Seli_vallavalitsus_Parnumaal, lk 4
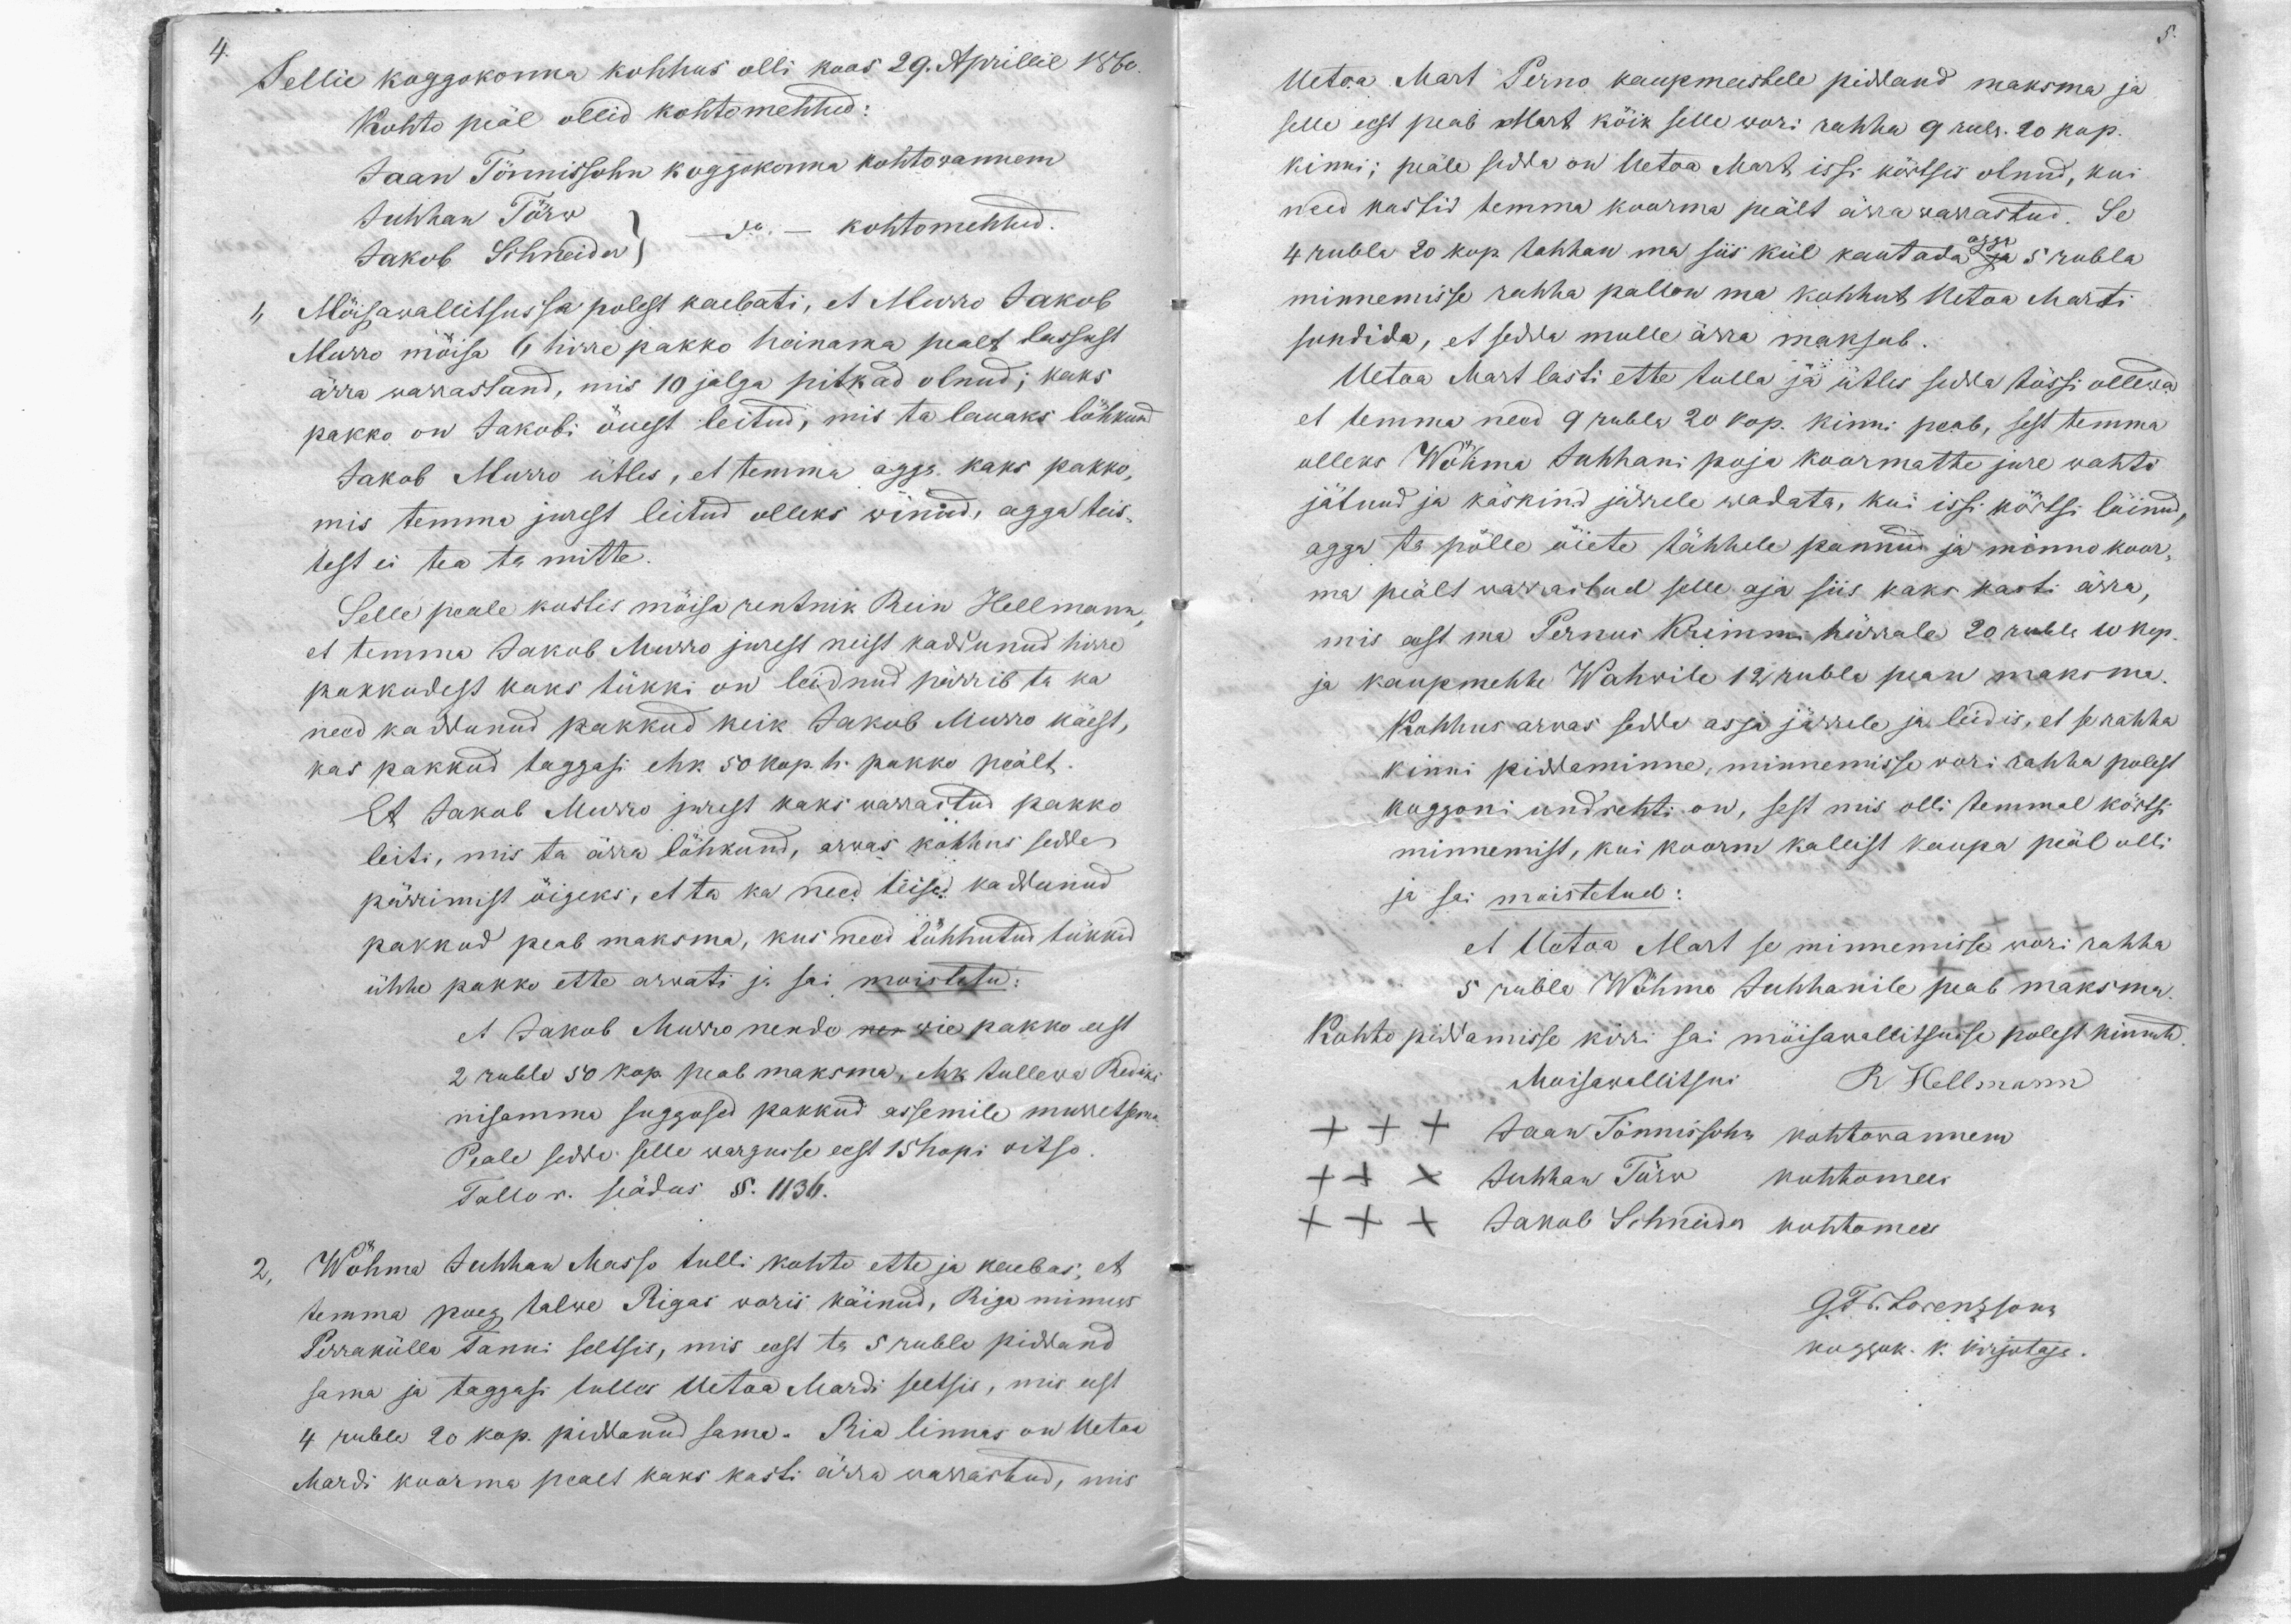
4.

Sellie koggokonna kohhus olli koos 29 Aprillil 1860
Kohto peäl ollid kohtomehhd:
Jaan Tönnissohn koggokonna kohtowannem
Juhhan Törw
Jakob Schneider
do. - kohtomehhed
Möisawallitsussa polest kaebati, et Murro Jakob
Murro möisa 6 hirre pakko heinama pealt lassust
ärra warrastand, mis 10 jalga pitkad olnud; kaks
pakko on Jakobi öuest leitud, mis ta lauaks löhkund
Jakob Murro ütles, et temma agga kaks pakko,
mis temma jurest leitud olleks winud, agga teis-
test ei tea ta mitte.
Selle peale kostis möisa rentnik Rein Hellmann
et temma Jakob Murro jurest neist kaddunud hirre
pakkudest kaks tükki on leidnud pärrib ta ka
need kaddunud pakkud keik Jakob Murro käest,
kas pakkud taggasi ehk 50 kop. h. pakko peält.
Et Jakob Murro jurest kaks warrastud pakko
leiti, mis ta ärra löhkund, arwas kohhus sedda
pärrimist öigeks, et ta ka need teise kaddunud
pakkud peab maksma, kus need lühhutud tükkid
ühhe pakko ette arwati ja sai moistetud:
et Jakob Murro nende kes wie pakko eest
2 rubla 50 kop. peab maksma, ehk tullewa Redeni
nisamma suggused pakkud assemile muretsema
Peale sedda selle wargusse eest 15 hopi witso
Tallor. seädus §. 1136.
Wöhma Juhhan Masso tulli kohto ette ja kaebas, et
temma poeg talwe Riigas woris käinud, Riga minnes
Perrakülla Tanni seltsis, mis eest ta 5 rubla piddand
sama ja taggasi tulles Uetoa Mardi seltsis, mis eest
4 rubla 20 kop. pidanud sama. Ria linnas on Uetoa
Mardi koorma pealt kaks kasti ärra warrastud, mis

Uetoa Mart Perno kaupmeestele piddand maksma ja
selle eest peab Mart köik selle wori rahha 9 rub. 20 kop.
kinni; peäle sedda on Uetroa Mart issi körtsis olnud, kui
need kastid temma koorma peält ärra warrastud. Se
4 rubla 20 kop tahhan ma siis kül kautada ja agga 5 rubla
minnemisse rahha pallon ma kohhut Uetoa Marti
sundida, et sedda mulle ärra maksab.
Uetoa Mart lasti ette tulla ja ütles sedda tössi ollewad
et temma need 9 rubla 20 kop. kinni peab, sest temma
olleks Wöhma Juhhani poja koormatte jure wahti
jätnud ja käskind järrele wadata, kui issi körtsi läinud,
agga ta polle öiete tähhele pannud ja minno koor-
ma peält warrastud selle aja siis kaks kasti ärra,
mis eest ma Pernus Krimmi härrale 20 rubla 10 kop.
ja kaupmehhe Wahwile 12 rubla pean maksma.
Kohhus arvas sedda asja järrele ja leidis, et se rahha
kinni piddaminne, minnemisse wori rahha polest
koggoni undrehti on, sest mis olli temmal körtsi
minnemist, kui koorm kallist kaupa peäl olli
ja sai moistetud:
et Uetoa Mart se minnemisse wori rahha
5 rubla Wöhmo Juhhanile peab maksma.
Kohto piddamisse kirri sai möisawallitsusse polest kinnitud
Moisawallitsus R. Hellmann
XXX Jaan Tönnissohn kohtowannem
XXX Juhhan Törw kohtomees
XXX Jakob Schneider kohtomees
G.Fr. Lorenzsonn
koggok. k. kirjutaja.